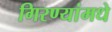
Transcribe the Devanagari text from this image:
गिरण्यांमधे